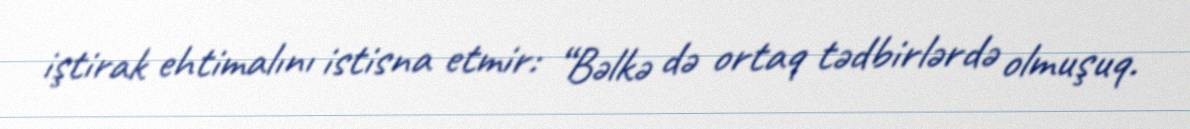
iştirak ehtimalını istisna etmir: “Bəlkə də ortaq tədbirlərdə olmuşuq.